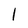
Character: l